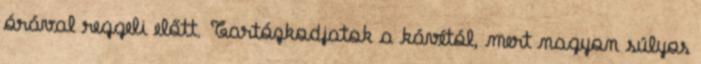
órával reggeli előtt. Tartózkodjatok a kávétól, mert nagyon súlyos